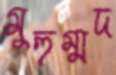
মুহুম্মদ